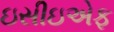
ઇસીઇએફ